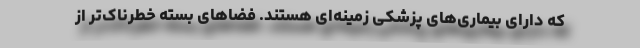
که دارای بیماری‌های پزشکی زمینه‌ای هستند. فضاهای بسته خطرناک‌تر از